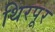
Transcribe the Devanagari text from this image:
थिरपूर